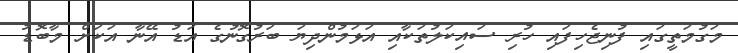
މަގުމަތީގައި ފުނިޖެހިފައި ހުރި ސައިކަލުތަކާއި އަޅަމުންދިޔަ ބަރުގޮނުގެ އަޑު އޭނާ އަކަށް މާބޮޑު